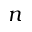
n